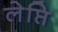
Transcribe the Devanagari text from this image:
लेप्ति